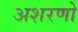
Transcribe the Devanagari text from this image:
अशरणो